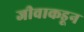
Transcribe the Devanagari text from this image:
जीवाकडून